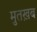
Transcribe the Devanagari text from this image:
मुतख़ब